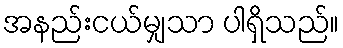
အနည်းငယ်မျှသာ ပါရှိသည်။